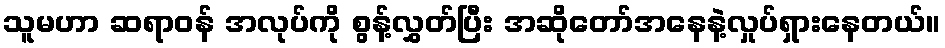
သူမဟာ ဆရာဝန် အလုပ်ကို စွန့်လွှတ်ပြီး အဆိုတော်အနေနဲ့လှုပ်ရှားနေတယ်။